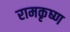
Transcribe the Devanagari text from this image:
रामकृष्‍ण